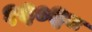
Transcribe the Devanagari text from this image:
१६०६८